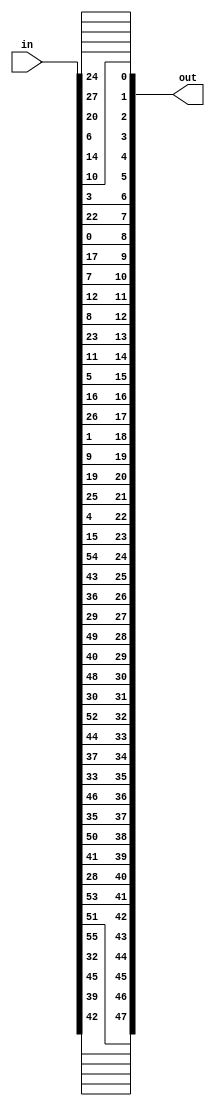
`timescale 1ns / 1ps
//////////////////////////////////////////////////////////////////////////////////
// Company: 
// Engineer: 
// 
// Design Name: 
// Module Name: PermutedChoice2
// Project Name: 
// Target Devices: 
// Tool Versions: 
// Description: 
// 
// Dependencies: 
// 
// Revision:
// Revision 0.01 - File Created
// Additional Comments:
// 
//////////////////////////////////////////////////////////////////////////////////


module PermutedChoice2(
    input [0:55] in,
    output [0:47] out
    );
    
    assign out[0] = in[13];
    assign out[1] = in[16];
    assign out[2] = in[10];
    assign out[3] = in[23];
    assign out[4] = in[0];
    assign out[5] = in[4];
    assign out[6] = in[2];
    assign out[7] = in[27];
    assign out[8] = in[14];
    assign out[9] = in[5];
    assign out[10] = in[20];
    assign out[11] = in[9];
    assign out[12] = in[22];
    assign out[13] = in[18];
    assign out[14] = in[11];
    assign out[15] = in[3];
    assign out[16] = in[25];
    assign out[17] = in[7];
    assign out[18] = in[15];
    assign out[19] = in[6];
    assign out[20] = in[26];
    assign out[21] = in[19];
    assign out[22] = in[12];
    assign out[23] = in[1];
    assign out[24] = in[40];
    assign out[25] = in[51];
    assign out[26] = in[30];
    assign out[27] = in[36];    
    assign out[28] = in[46];
    assign out[29] = in[54];
    assign out[30] = in[29];
    assign out[31] = in[39];
    assign out[32] = in[50];
    assign out[33] = in[44];
    assign out[34] = in[32];
    assign out[35] = in[47];
    assign out[36] = in[43];
    assign out[37] = in[48];
    assign out[38] = in[38];
    assign out[39] = in[55];
    assign out[40] = in[33];
    assign out[41] = in[52];
    assign out[42] = in[45];
    assign out[43] = in[41];
    assign out[44] = in[49];
    assign out[45] = in[35];
    assign out[46] = in[28];
    assign out[47] = in[31];
endmodule